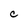
Character: C